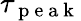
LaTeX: \tau_{\mathrm{~p~e~a~k~}}